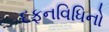
દફનવિધિનો